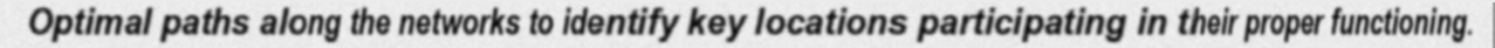
Optimal paths along the networks to identify key locations participating in their proper functioning.